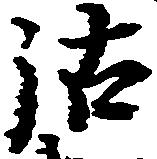
沽